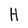
Character: H